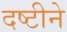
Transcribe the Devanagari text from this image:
दष्टीने